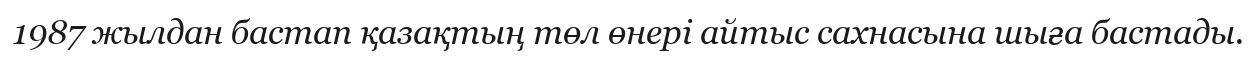
1987 жылдан бастап қазақтың төл өнері айтыс сахнасына шыға бастады.